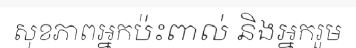
សុខភាពអ្នកប៉ះពាល់ និងអ្នករួម